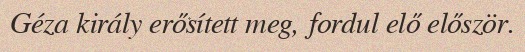
Géza király erősített meg, fordul elő először.